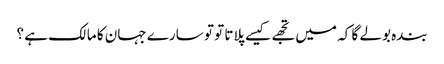
بندہ بولے گا کہ میں تجھے کیسے پلاتا تو تو سارے جہان کا مالک ہے ؟